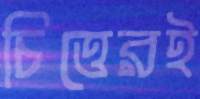
চিত্তেরই